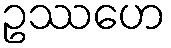
ဥဿဟေ